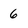
Character: 6